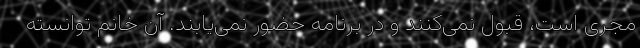
مجری است، قبول نمی‌کنند و در برنامه حضور نمی‌یابند. آن خانم توانسته